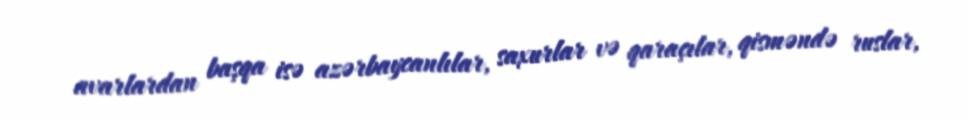
avarlardan başqa isə azərbaycanlılar, saxurlar və qaraçılar, qisməndə ruslar,